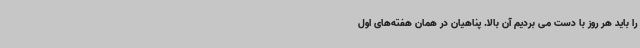
را باید هر روز با دست می بردیم آن بالا. پناهیان در همان هفته‌های اول